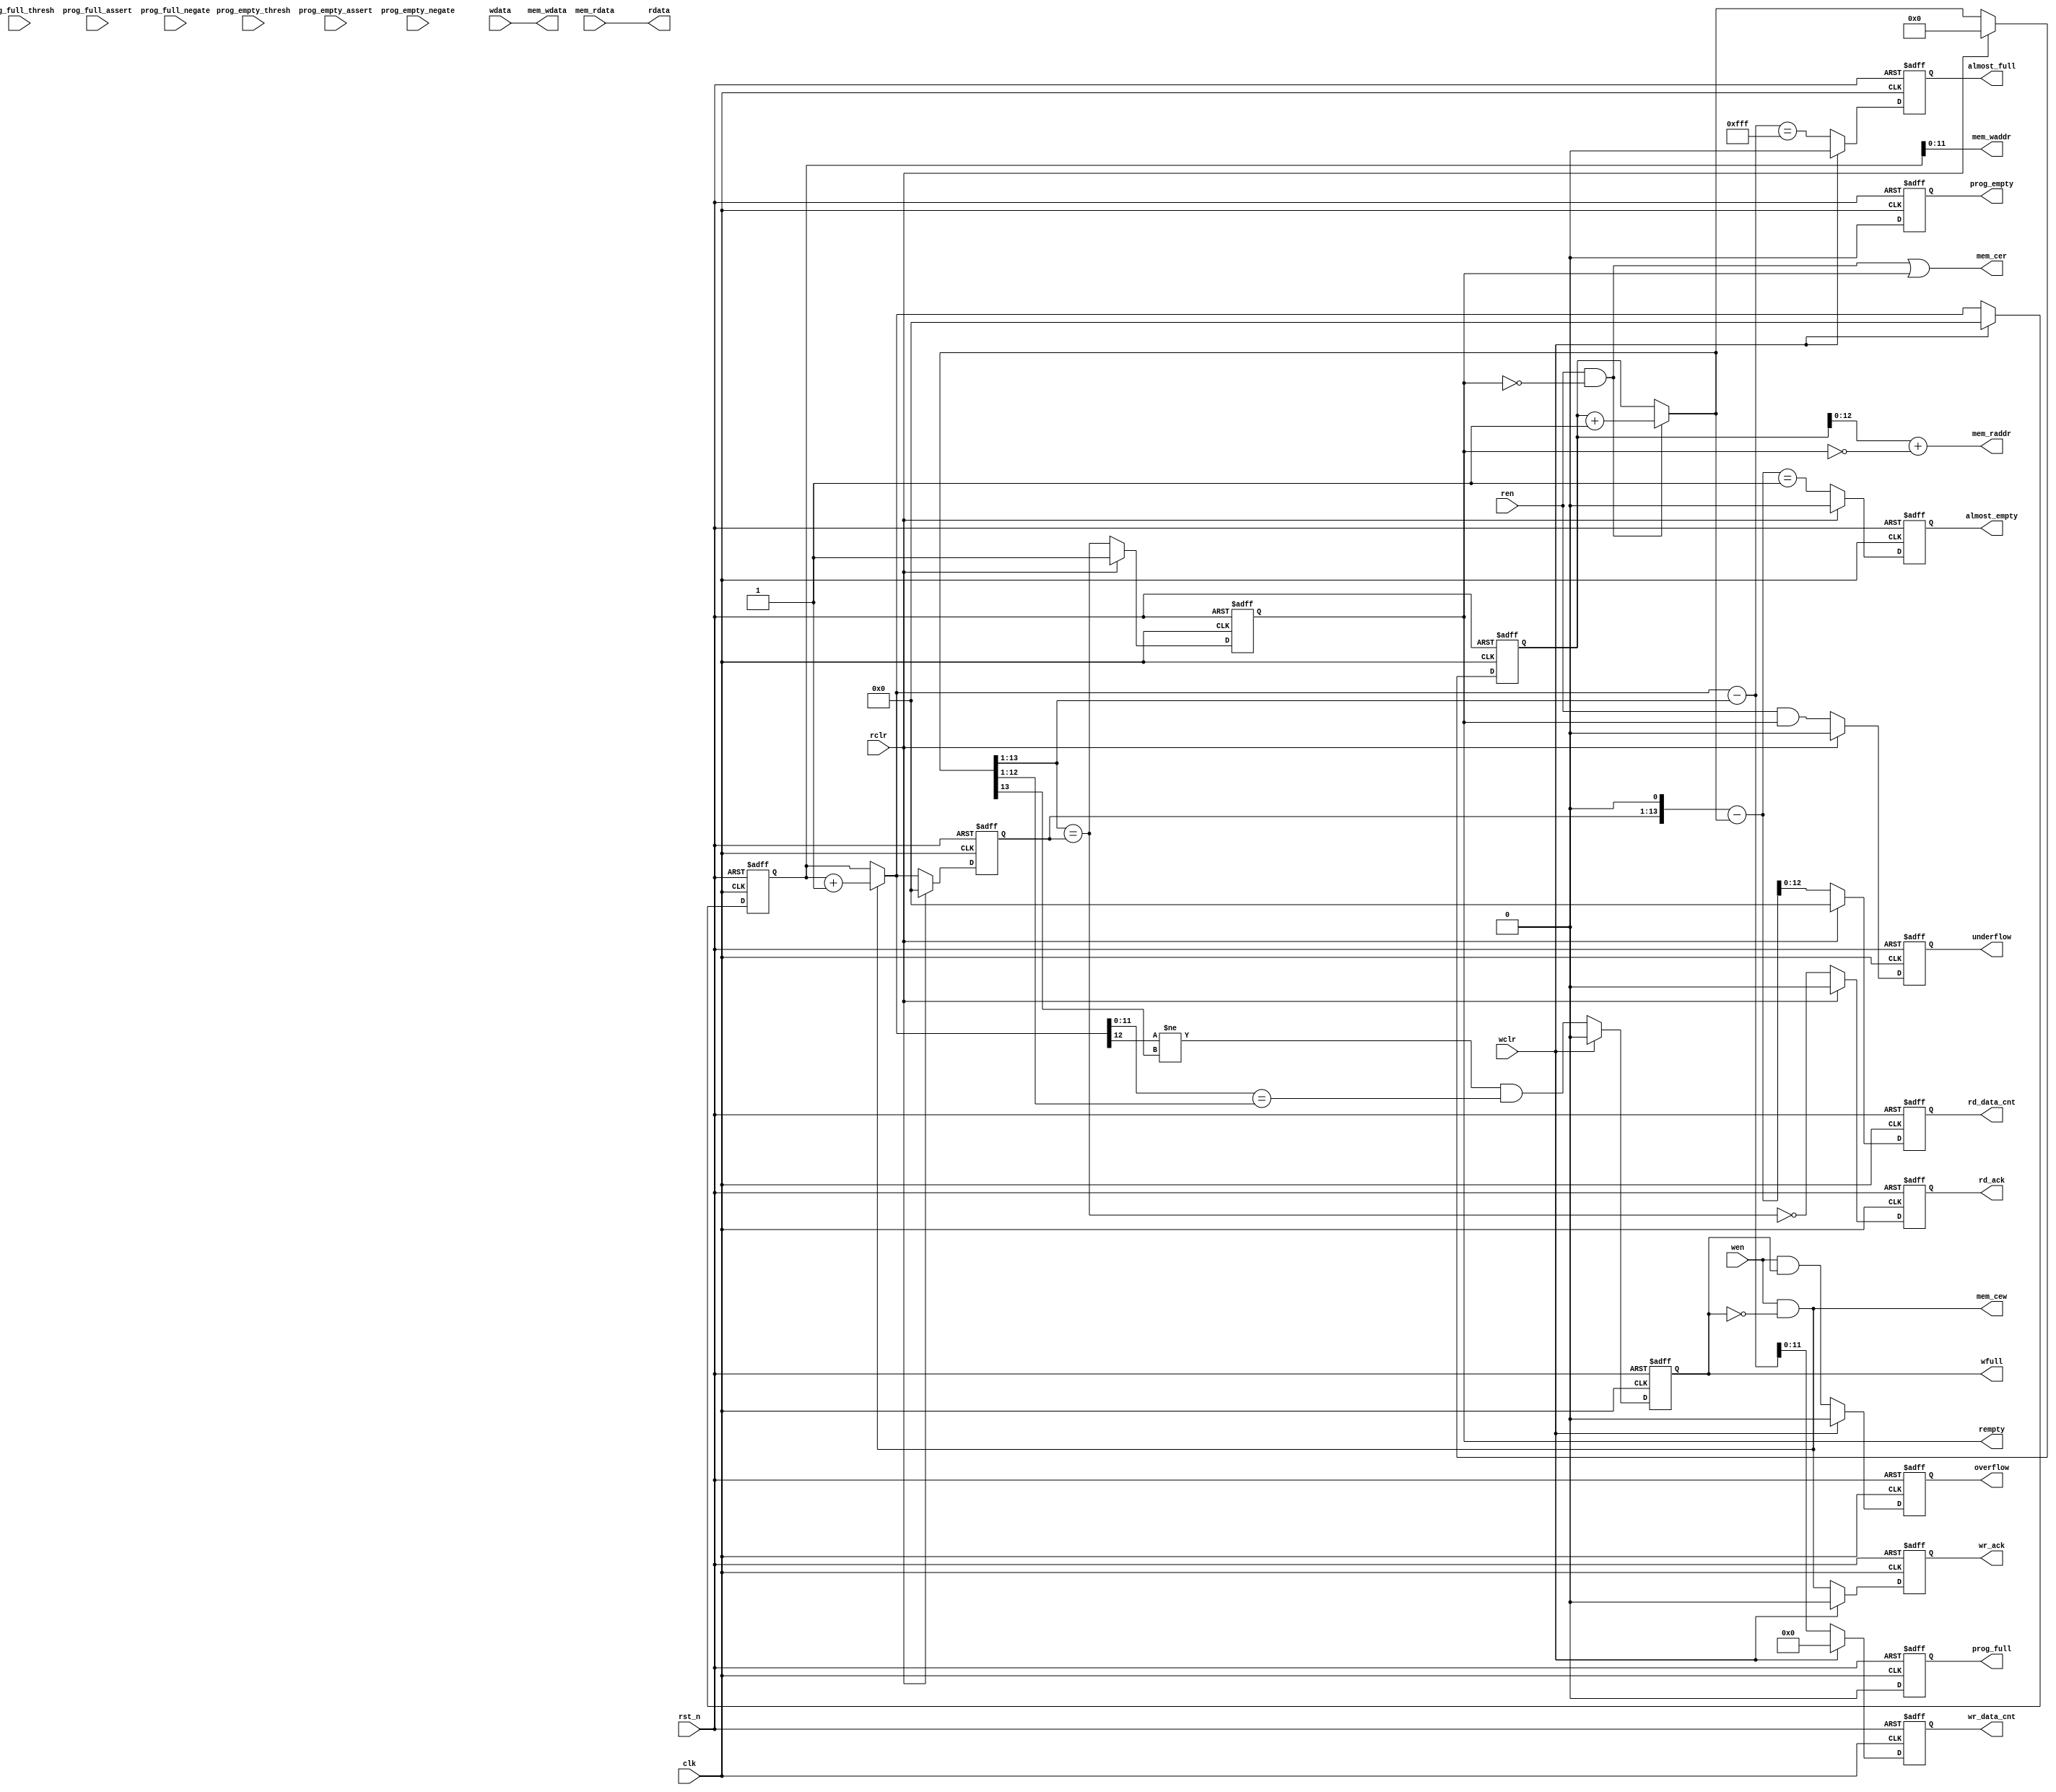
//================================================================================
// Copyright (c) 2014 Capital-micro, Inc.(Beijing)  All rights reserved.
//
// Capital-micro, Inc.(Beijing) Confidential.
//
// No part of this code may be reproduced, distributed, transmitted,
// transcribed, stored in a retrieval system, or translated into any
// human or computer language, in any form or by any means, electronic,
// mechanical, magnetic, manual, or otherwise, without the express
// written permission of Capital-micro, Inc.
//
//================================================================================
// Module Description: 
// This is the verilog for synchronous FIFO
//================================================================================
// Revision History :
//     V1.0   2012-08-27  FPGA IP Grp, first create
//     V1.0   2012-10-13  FPGA IP Grp, support read and write with different
//                        data width, support more flexible prog_full/empty
//                        generation
//     V1.1   2013-04-10  Replace parameter prog_full/empty_type value with number  
//     V2.0   2014-06-11  Add FWFT function
//================================================================================
`timescale 1ns / 1ps

module cme_ip_syn_fifo_v2 (
    clk,
    rst_n,
    wclr,
    rclr,
    wdata,
    rdata,
    wen,
    ren,
    almost_full,
    almost_empty,
    prog_full,
    prog_empty,
    wr_data_cnt, 
    rd_data_cnt,
    rempty,
    wfull,
    prog_full_thresh,
    prog_empty_thresh,
    prog_full_assert,
    prog_full_negate,
    prog_empty_assert,
    prog_empty_negate,
    wr_ack,
    rd_ack,
    overflow,
    underflow,
    mem_waddr,
    mem_wdata,
    mem_cew,
    mem_cer,
    mem_raddr,
    mem_rdata
);

//---------------------------------------------------------------------
// parameters
//---------------------------------------------------------------------
parameter wr_dw = 16;
parameter rd_dw = 8;
parameter wr_aw = 12;
parameter rd_aw = 13;
parameter wr_depth = 1 << wr_aw;
parameter rd_depth = 1 << rd_aw;
parameter tDLY = 1;
parameter gen_prog_full_type = 3'b000; //000("none"), (001)"single", (010)"dyn_single", (011)"range", (100)"dyn_range"
parameter gen_prog_empty_type = 3'b000; //000("none"), (001)"single", (010)"dyn_single", (011)"range", (100)"dyn_range'
parameter prog_full_const = wr_depth-4;
parameter prog_empty_const = 4;
parameter prog_full_assert_const = wr_depth - 6;  //less then wr_depth
parameter prog_full_negate_const = wr_depth - 10; //less than assert const value
parameter prog_empty_assert_const = 6;  //less than negate const          
parameter prog_empty_negate_const = 10; //less than rd_depth - 1<<sh_bits        
parameter gen_almost_full = 1;
parameter gen_almost_empty = 1;
parameter gen_prog_full = 1;
parameter gen_prog_empty = 1;
parameter gen_wr_data_cnt = 1;
parameter gen_rd_data_cnt = 1;
parameter gen_wr_ack = 1;
parameter gen_rd_ack = 1;
parameter gen_wr_overflow = 1;
parameter gen_rd_underflow = 1;
parameter need_syn_wr_clr = 1;
parameter need_syn_rd_clr = 1;
parameter fwft_en = 1;

parameter sh_bits = wr_dw>=rd_dw ? (wr_dw/rd_dw == 1 ? 0 : 
		  wr_dw/rd_dw == 2 ? 1 :  
		  wr_dw/rd_dw == 4 ? 2 :  
		  wr_dw/rd_dw == 8 ? 3 :  
		  wr_dw/rd_dw == 16 ? 4 :  
		  wr_dw/rd_dw == 32 ? 5 : 0) : 
          rd_dw/wr_dw == 1 ? 0 : 
		  rd_dw/wr_dw == 2 ? 1 :  
		  rd_dw/wr_dw == 4 ? 2 :  
		  rd_dw/wr_dw == 8 ? 3 :  
		  rd_dw/wr_dw == 16 ? 4 :  
		  rd_dw/wr_dw == 32 ? 5 : 0; 

parameter aw_base = wr_dw>=rd_dw ? wr_aw : rd_aw;
parameter almost_full_flag = (1 << wr_aw) - 1;

//---------------------------------------------------------------------
// inputs
//---------------------------------------------------------------------
input clk;
input rst_n;
input wclr,rclr;
input wen,ren;
input [wr_dw-1:0] wdata;

input [wr_aw-1:0] prog_full_thresh;
input [rd_aw-1:0] prog_empty_thresh;
input [wr_aw-1:0] prog_full_assert;
input [wr_aw-1:0] prog_full_negate;
input [rd_aw-1:0] prog_empty_assert;
input [rd_aw-1:0] prog_empty_negate;

//---------------------------------------------------------------------
// outputs
//---------------------------------------------------------------------
output [rd_dw-1:0] rdata;
output rempty,wfull;

output [wr_aw-1:0] wr_data_cnt;
output [rd_aw-1:0] rd_data_cnt;

output almost_full;
output almost_empty;
output prog_full;
output prog_empty;

output wr_ack, rd_ack;
output overflow, underflow;

//---------------------------------------------------------------------
// fifo memory interface
//---------------------------------------------------------------------
output [wr_aw-1:0] mem_waddr;
output [rd_aw-1:0] mem_raddr;
output [wr_dw-1:0] mem_wdata;
input  [rd_dw-1:0] mem_rdata;

output mem_cew;
output mem_cer;


//---------------------------------------------------------------------
// internal regs/wires
//---------------------------------------------------------------------
reg wfull,rempty;

reg [wr_aw-1:0] wr_data_cnt;
reg [rd_aw-1:0] rd_data_cnt;

reg almost_full;
reg almost_empty;
reg prog_full;
reg prog_empty;

wire [rd_aw:0] rbin_next;
reg [rd_aw:0] rbin;

wire [wr_aw:0] wbin_next;
reg [wr_aw:0] wbin;

reg wr_ack; //rd_ack;
reg overflow, underflow;

wire wr_clr = need_syn_wr_clr ? wclr : 1'b0;
wire rd_clr = need_syn_rd_clr ? rclr : 1'b0;

//---------------------------------------------------------------------
// output for fifo memory
//---------------------------------------------------------------------
assign mem_cew = wen&~wfull;

assign mem_wdata = wdata;
assign rdata = mem_rdata;

//---------------------------------------------------------------------
// read pointer & empty generation logic
//---------------------------------------------------------------------
wire rempty_val; 
reg rd_ack;
reg [wr_aw:0]wbin_next_d; 
wire [rd_aw:0] rd_data_cnt_val;


assign rbin_next = (ren & ~rempty) ? (rbin + 1) : rbin;

always @ (posedge clk or negedge rst_n)
	if(~rst_n)
		rbin <= #tDLY 0;
    else if(rd_clr)
		rbin <= #tDLY 0;
	else
		rbin <= #tDLY rbin_next;
		
				  
always @ (posedge clk or negedge rst_n)
	if(~rst_n)
		rempty <= #tDLY 1;
    else if(rd_clr)
		rempty <= #tDLY 1;
	else
		rempty <= #tDLY rempty_val;



generate
if(fwft_en == 1)begin

always @ (posedge clk or negedge rst_n)
	if(~rst_n)
		wbin_next_d <= #tDLY 0;
    else if(rd_clr)
		wbin_next_d <= #tDLY 0;
	else
		wbin_next_d <= #tDLY wbin_next;
		
always @ (posedge clk or negedge rst_n)
    if(~rst_n)
        rd_ack <= #tDLY 0;
    else if(rd_clr)
        rd_ack <= #tDLY 0;
    else
        rd_ack <= #tDLY gen_rd_ack ?  ~rempty_val : 1'b0;

assign mem_raddr = rbin[rd_aw-1:0] + !(rempty);
assign mem_cer = ren&~rempty | (rempty);

assign rempty_val = rd_dw <= wr_dw ? (rbin_next[rd_aw:sh_bits] == wbin_next_d[wr_aw:0]) :
                  (rbin_next[rd_aw:0] == wbin_next_d[wr_aw:sh_bits]);
				  

assign  rd_data_cnt_val[rd_aw:0] = (rd_dw <= wr_dw) ? ({wbin_next_d[wr_aw:0],{sh_bits{1'b0}}} - rbin_next[rd_aw:0]) :
                                 (wbin_next_d[wr_aw:sh_bits] - rbin_next[rd_aw:0]) ;
end
else begin

always @ (posedge clk or negedge rst_n)
    if(~rst_n)
        rd_ack <= #tDLY 0;
    else if(rd_clr)
        rd_ack <= #tDLY 0;
    else
        rd_ack <= #tDLY gen_rd_ack ? (ren & ~rempty) : 1'b0;
assign mem_raddr = rbin[rd_aw-1:0];
assign mem_cer = ren&~rempty;

assign rempty_val = rd_dw <= wr_dw ? (rbin_next[rd_aw:sh_bits] == wbin_next[wr_aw:0]) :
                  (rbin_next[rd_aw:0] == wbin_next[wr_aw:sh_bits]);
				  

assign rd_data_cnt_val[rd_aw:0] = (rd_dw <= wr_dw) ? ({wbin_next[wr_aw:0],{sh_bits{1'b0}}} - rbin_next[rd_aw:0]) :
                                 (wbin_next[wr_aw:sh_bits] - rbin_next[rd_aw:0]) ;
end
endgenerate


//---------------------------------------------------------------------
// write pointer & full generation logic
//---------------------------------------------------------------------
assign wbin_next = (wen & ~wfull) ? (wbin + 1) : wbin;

always @ (posedge clk or negedge rst_n)
	if(~rst_n)
		wbin <= #tDLY 0;
    else if(wr_clr)
		wbin <= #tDLY 0;
	else
        wbin <= #tDLY wbin_next;

wire wfull_val = wr_dw <= rd_dw ? 
                 (wbin_next[wr_aw] != rbin_next[rd_aw]) && 
                 (wbin_next[wr_aw-1:sh_bits] == rbin_next[rd_aw-1:0]) :
                 (wbin_next[wr_aw] != rbin_next[rd_aw]) && 
                 (wbin_next[wr_aw-1:0] == rbin_next[rd_aw-1:sh_bits]);

always @ (posedge clk or negedge rst_n)
	if(~rst_n)
		wfull <= #tDLY 0;
    else if(wr_clr)
		wfull <= #tDLY 0;
	else
		wfull <= #tDLY wfull_val;

assign mem_waddr = wbin[wr_aw-1:0];

//---------------------------------------------------------------------
// common logic for almost_full/empty and prog_full/empty generation
//---------------------------------------------------------------------

wire [wr_aw:0] wr_data_cnt_val = (wr_dw <= rd_dw) ? (wbin_next[wr_aw:0] - {rbin_next[rd_aw:0],{sh_bits{1'b0}}}) :
                                 (wbin_next[wr_aw:0] - rbin_next[rd_aw:sh_bits]) ;


//---------------------------------------------------------------------
// almost full/empty generation
//---------------------------------------------------------------------
wire almost_full_val = wr_data_cnt_val == almost_full_flag; 

always @ (posedge clk or negedge rst_n)
    if(~rst_n)
        almost_full <= #tDLY 0;
    else if(wr_clr)
        almost_full <= #tDLY 0;
    else
        almost_full <= #tDLY gen_almost_full ? almost_full_val : 1'b0;

wire almost_empty_val = rd_data_cnt_val == 1;

always @ (posedge clk or negedge rst_n)
    if(~rst_n)
        almost_empty <= #tDLY 0;
    else if(rd_clr)
        almost_empty <= #tDLY 0;
    else
        almost_empty <= #tDLY gen_almost_empty ? almost_empty_val : 1'b0;

wire full_wr = wr_data_cnt_val[wr_aw] & (wr_data_cnt_val[wr_aw-1:0] == 0);
wire prog_full_val = gen_prog_full_type == 3'b001 ? ((wr_data_cnt_val[wr_aw-1:0] >= prog_full_const)||full_wr) :
                     gen_prog_full_type == 3'b010 ? ((wr_data_cnt_val[wr_aw-1:0] >= prog_full_thresh)||full_wr) :
                     gen_prog_full_type == 3'b011 ? (~prog_full ? (wr_data_cnt_val[wr_aw-1:0] >= prog_full_assert_const)||full_wr : (wr_data_cnt_val[wr_aw-1:0] >= prog_full_negate_const)||full_wr) :
                     gen_prog_full_type == 3'b100 ? (~prog_full ? (wr_data_cnt_val[wr_aw-1:0] >= prog_full_assert)||full_wr : (wr_data_cnt_val[wr_aw-1:0] >= prog_full_negate)||full_wr) :
                     gen_prog_full_type == 3'b000 ? 1'b0 : 1'b0;

always @ (posedge clk or negedge rst_n)
    if(~rst_n)
        prog_full <= #tDLY 0;
    else if(wr_clr)
        prog_full <= #tDLY 0;
    else
        prog_full <= #tDLY gen_prog_full ? prog_full_val : 1'b0;

wire full_rd = rd_data_cnt_val[rd_aw] & (rd_data_cnt_val[rd_aw-1:0] == 0);
wire prog_empty_val = gen_prog_empty_type == 3'b001 ? ((rd_data_cnt_val[rd_aw-1:0] <= prog_empty_const)&~full_rd) :
                      gen_prog_empty_type == 3'b010 ? ((rd_data_cnt_val[rd_aw-1:0] <= prog_empty_thresh)&~full_rd) :
                      gen_prog_empty_type == 3'b011 ? (~prog_empty ? (rd_data_cnt_val[rd_aw-1:0] <= prog_empty_assert_const)&~full_rd : (rd_data_cnt_val[rd_aw-1:0] <= prog_empty_negate_const)&~full_rd) :
                      gen_prog_empty_type == 3'b100 ? (~prog_empty ? (rd_data_cnt_val[rd_aw-1:0] <= prog_empty_assert)&~full_rd : (rd_data_cnt_val[rd_aw-1:0] <= prog_empty_negate)&~full_rd) :
                      gen_prog_empty_type == 3'b000 ? 1'b0 : 1'b0;

always @ (posedge clk or negedge rst_n)
    if(~rst_n)
        prog_empty <= #tDLY 0;
    else if(rd_clr)
        prog_empty <= #tDLY 0;
    else
        prog_empty <= #tDLY gen_prog_empty ? prog_empty_val : 1'b0;

//---------------------------------------------------------------------
// wr_data_cnt and rd_data_cnt generation
//---------------------------------------------------------------------
always @ (posedge clk or negedge rst_n)
    if(~rst_n)
        wr_data_cnt <= #tDLY 0;
    else if(wr_clr)
        wr_data_cnt <= #tDLY 0;
    else
        wr_data_cnt <= #tDLY gen_wr_data_cnt ? wr_data_cnt_val[wr_aw-1:0] : 0;

always @ (posedge clk or negedge rst_n)
    if(~rst_n)
        rd_data_cnt <= #tDLY 0;
    else if(rd_clr)
        rd_data_cnt <= #tDLY 0;
    else
        rd_data_cnt <= #tDLY gen_rd_data_cnt ? rd_data_cnt_val[rd_aw-1:0] : 0;

//---------------------------------------------------------------------
// handshaking signal generation
//---------------------------------------------------------------------
always @ (posedge clk or negedge rst_n)
    if(~rst_n)
        wr_ack <= #tDLY 0;
    else if(wr_clr)
        wr_ack <= #tDLY 0;
    else
        wr_ack <= #tDLY gen_wr_ack ? (wen & ~wfull) : 1'b0;



always @ (posedge clk or negedge rst_n)
    if(~rst_n)
        overflow <= #tDLY 0;
    else if(wr_clr)
        overflow <= #tDLY 0;
    else
        overflow <= #tDLY gen_wr_overflow ? (wen & wfull) : 1'b0;

always @ (posedge clk or negedge rst_n)
    if(~rst_n)
        underflow <= #tDLY 0;
    else if(rd_clr)
        underflow <= #tDLY 0;
    else
        underflow <= #tDLY gen_rd_underflow ? (ren & rempty) : 1'b0;



endmodule